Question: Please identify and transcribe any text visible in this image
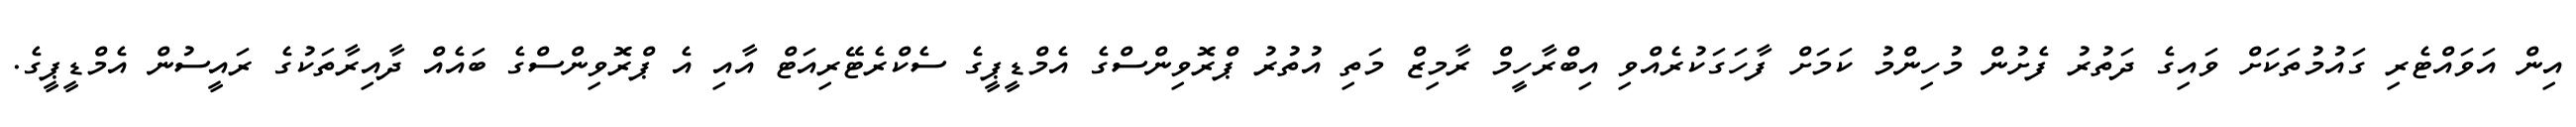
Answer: އިން އަވައްޓެރި ގައުމުތަކަށް ވައިގެ ދަތުރު ފެށުން މުހިންމު ކަމަށް ފާހަގަކުރެއްވި އިބްރާހީމް ރާމިޒް މަތި އުތުރު ޕްރޮވިންސްގެ އެމްޑީޕީގެ ސެކްރެޓޭރިއަޓް އާއި އެ ޕްރޮވިންސްގެ ބައެއް ދާއިރާތަކުގެ ރައީސުން އެމްޑީޕީގެ.